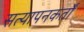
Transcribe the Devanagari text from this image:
सत्यापनकर्तों